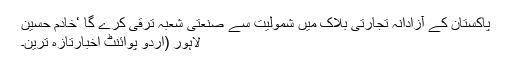
پاکستان کے آزادانہ تجارتی بلاک میں شمولیت سے صنعتی شعبہ ترقی کرے گا ‘خادم حسین
لاہور (اُردو پوائنٹ اخبارتازہ ترین۔